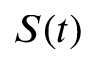
S ( t )